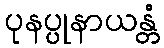
ပုနပ္ပုနာယန္တံ